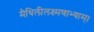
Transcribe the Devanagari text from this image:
मैथिलीलक्ष्मणाभ्याम्।